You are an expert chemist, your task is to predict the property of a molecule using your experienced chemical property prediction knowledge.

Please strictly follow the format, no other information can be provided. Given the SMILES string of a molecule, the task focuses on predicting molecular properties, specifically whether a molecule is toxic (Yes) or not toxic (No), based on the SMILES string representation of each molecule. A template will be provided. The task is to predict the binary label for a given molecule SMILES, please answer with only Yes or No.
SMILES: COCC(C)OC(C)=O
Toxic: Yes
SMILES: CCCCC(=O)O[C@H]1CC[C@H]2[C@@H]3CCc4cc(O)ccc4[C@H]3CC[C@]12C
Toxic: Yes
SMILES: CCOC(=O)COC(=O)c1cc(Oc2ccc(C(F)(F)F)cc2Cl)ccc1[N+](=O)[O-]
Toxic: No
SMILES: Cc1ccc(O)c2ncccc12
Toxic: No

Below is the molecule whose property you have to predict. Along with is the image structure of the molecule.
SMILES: O=C1CC[C@@H](C(=O)N2CSC[C@H]2C(=O)O)N1
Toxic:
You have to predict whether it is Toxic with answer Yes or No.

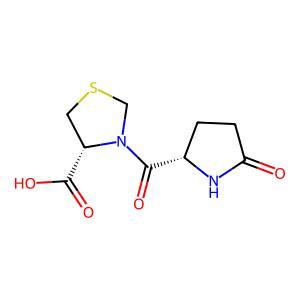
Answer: No